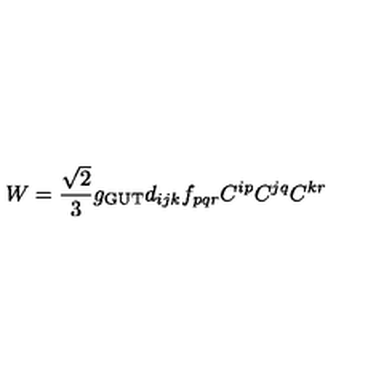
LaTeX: W = \frac { \sqrt { 2 } } { 3 } g _ { \mathrm { G U T } } d _ { i j k } f _ { p q r } C ^ { i p } C ^ { j q } C ^ { k r }